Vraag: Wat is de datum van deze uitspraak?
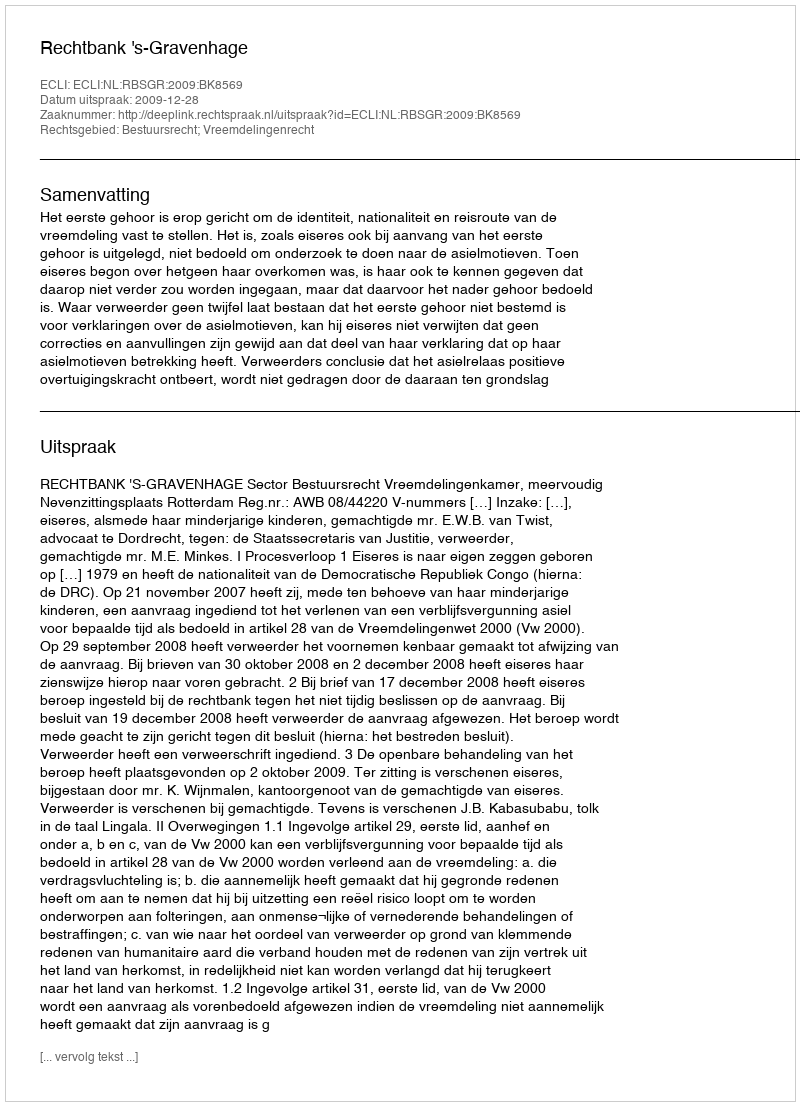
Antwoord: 2009-12-28